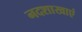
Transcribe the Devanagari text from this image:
नदशाखाएं